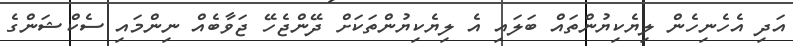
އަދި އެހެނިހެން ލިޔެކިޔުންތައް ބަލައި އެ ލިޔެކިޔުންތަކަށް ދޭންޖެހޭ ޖަވާބެއް ނިންމައި ސެކްޝަންގެ